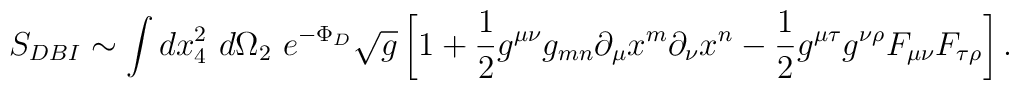
S_{DBI} \sim \int dx_4^2 \,\, d\Omega_2 \,\, e^{-\Phi_D}\sqrt{g}\left [1+ \frac{1}{2} g^{\mu\nu} g_{mn} \partial_\mu x^m \partial_\nu x^n - \frac{1}{2} g^{\mu\tau}g^{\nu\rho}F_{\mu\nu}F_{\tau\rho} \right].